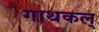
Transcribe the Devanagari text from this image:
गाथकल्